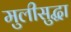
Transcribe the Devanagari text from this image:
मुलीसुद्धा